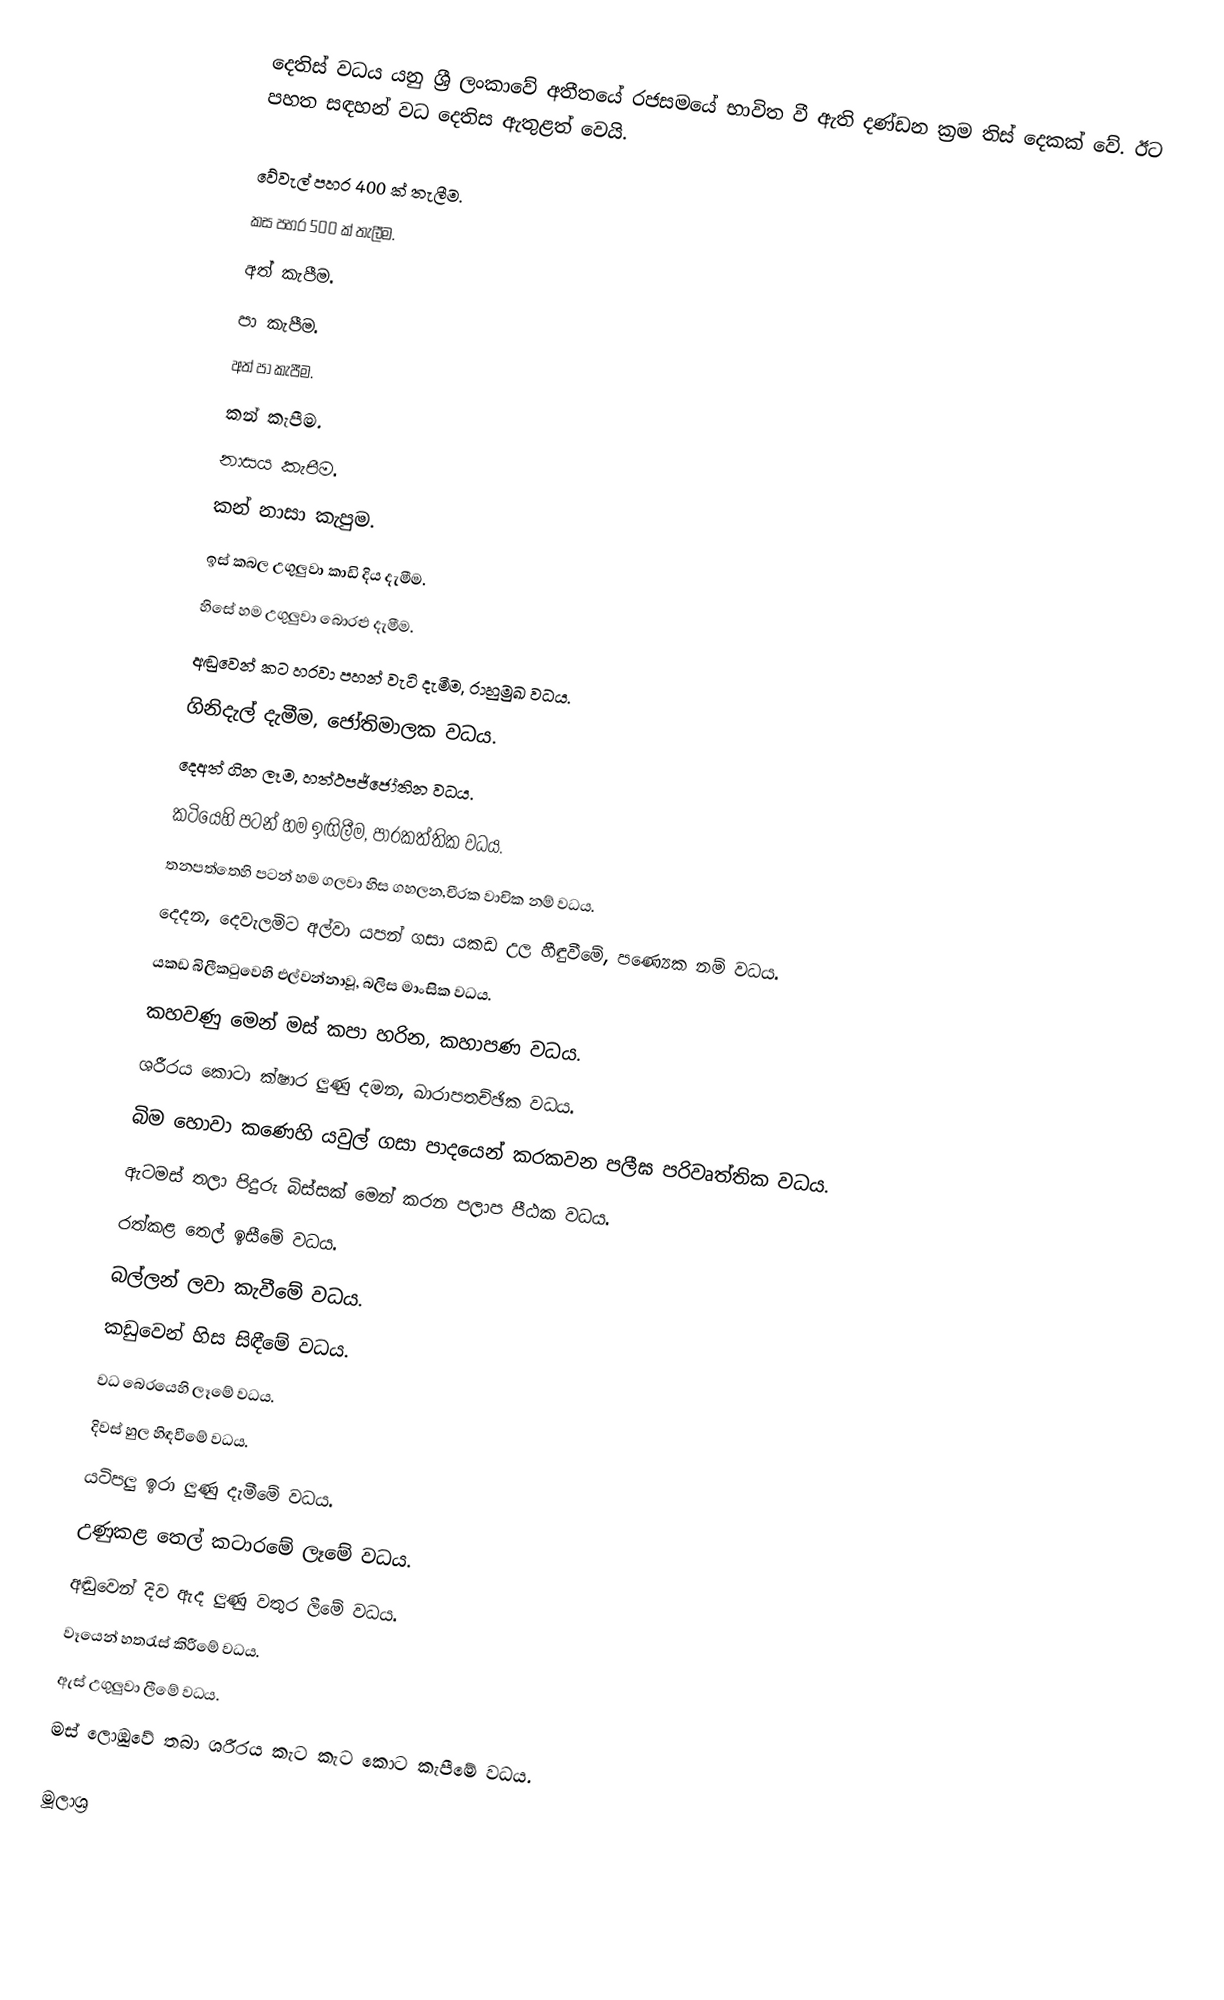
දෙතිස් වධය යනු  ශ්‍රී ලංකාවේ අතීතයේ රජසමයේ භාවිත වී ඇති දණ්ඩන ක්‍රම තිස් දෙකක් වේ.  ඊට පහත සඳහන් වධ දෙතිස ඇතුළත් වෙයි.

වේවැල් පහර 400 ක් තැලීම.
කස පහර 500 ක් තැලීම.
අත් කැපීම.
පා කැපීම.
අත් පා කැපීම.
කන් කැපීම.
නාසය කැපීම.
කන් නාසා කැපුම.
ඉස් කබල උගුලුවා කාඩි දිය දැමීම.
හිසේ හම උගුලුවා බොරළු දැමීම.
අඬුවෙන් කට හරවා පහන් වැටි දැමීම, රාහුමුඛ වධය.
ගිනිදැල් දැමීම, ජෝතිමාලක වධය.
දෙඅත් ගින ලෑම, හත්ථපජ්ජෝතින වධය.
කටියෙහි පටන් හම ඉඟිලීම, පාරකත්තික වධය.
තනපත්තෙහි පටන් හම ගලවා හිස ගහලන,චීරක වාචික නම් වධය.
දෙදන, දෙවැලමිට අල්වා යපන් ගසා යකඩ උල හීඳුවීමේ, පණ්‍යෙක නම් වධය.
යකඩ බිලීකටුවෙහි එල්වන්නාවූ, බලිස මාංසික වධය.
කහවණු මෙන් මස් කපා හරින, කහාපණ වධය.
ශරීරය කොටා ක්ෂාර ලුණු දමන, ඛාරාපතච්ඡික වධය.
බිම හොවා කණෙහි යවුල් ගසා පාදයෙන් කරකවන පලීඝ පරිවෘත්තික වධය.
ඇටමස් තලා පිදුරු බිස්සක් මෙන් කරන පලාප පීඨක වධය.
රත්කළ තෙල් ඉසීමේ වධය.
බල්ලන් ලවා කැවීමේ වධය.
කඩුවෙන් හිස සිඳීමේ වධය.
වධ බෙරයෙහි ලෑමේ වධය.
දිවස් හුල හිඳවීමේ වධය.
යටිපලු ඉරා ලුණු දැමීමේ වධය.
උණුකළ තෙල් කටාරමේ ලෑමේ වධය.
අඬුවෙන් දිව ඇද ලුණු වතුර ලීමේ වධය.
වෑයෙන් හතරැස් කිරීමේ වධය.
ඇස් උගුලුවා ලීමේ වධය.
මස් ලොඹුවේ තබා ශරීරය කැට කැට කොට කැපීමේ වධය.

මූලාශ්‍ර